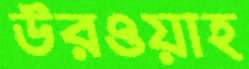
উরওয়াহ